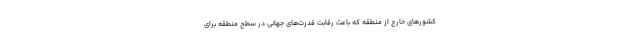
کشورهای خارج از منطقه که باعث رقابت قدرت‌های جهانی در سطح منطقه برای